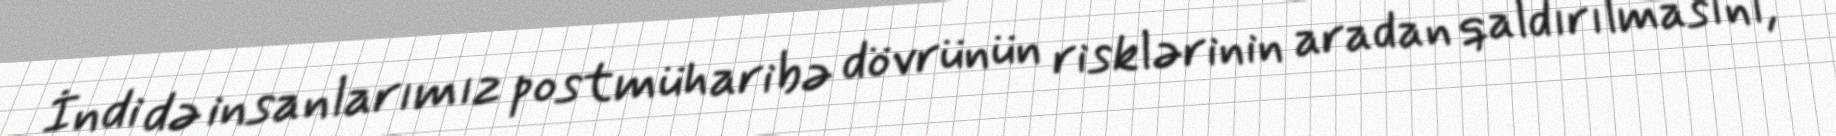
İndi də insanlarımız postmüharibə dövrünün risklərinin aradan qaldırılmasını,